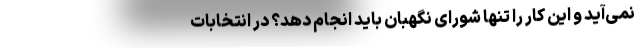
نمی‌آید و این کار را تنها شورای نگهبان باید انجام دهد؟ در انتخابات